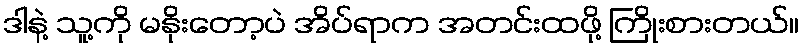
ဒါနဲ့ သူ့ကို မနိုးတော့ပဲ အိပ်ရာက အတင်းထဖို့ ကြိုးစားတယ်။